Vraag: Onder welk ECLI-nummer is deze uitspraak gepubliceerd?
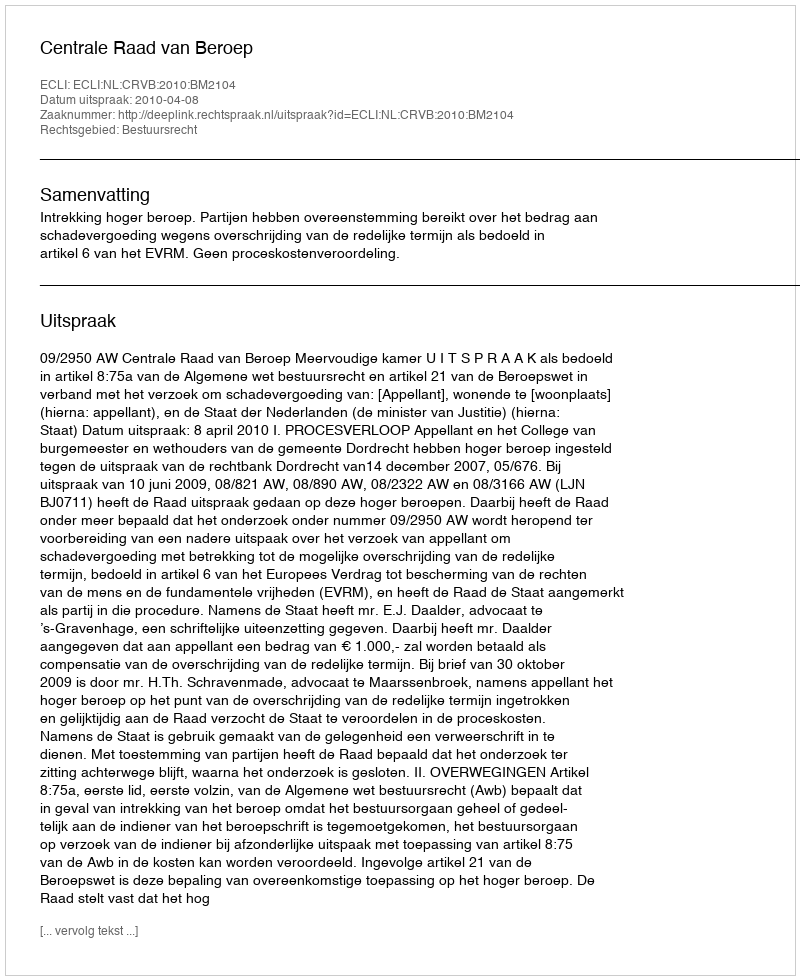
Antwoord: ECLI:NL:CRVB:2010:BM2104